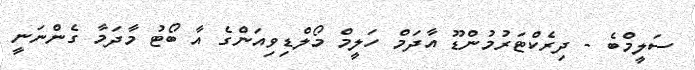
ސަލީމްބެ - ދިރެކްޓަރުމުންޑޫ އާދަމް ހަލީމް މޯލްޑިވިއަންގެ އާ ބޯޓު މާދަމާ ގެންނަނީ